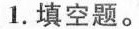
1.填空题。